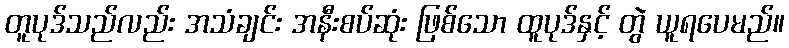
တူပုဒ်သည်လည်း အသံချင်း အနီးစပ်ဆုံး ဖြစ်သော ထူပုဒ်နှင့် တွဲ ယူရပေမည်။